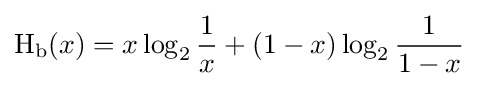
\operatorname {H} _{\text{b}}(x)=x\log _{2}{\frac {1}{x}}+(1-x)\log _{2}{\frac {1}{1-x}}